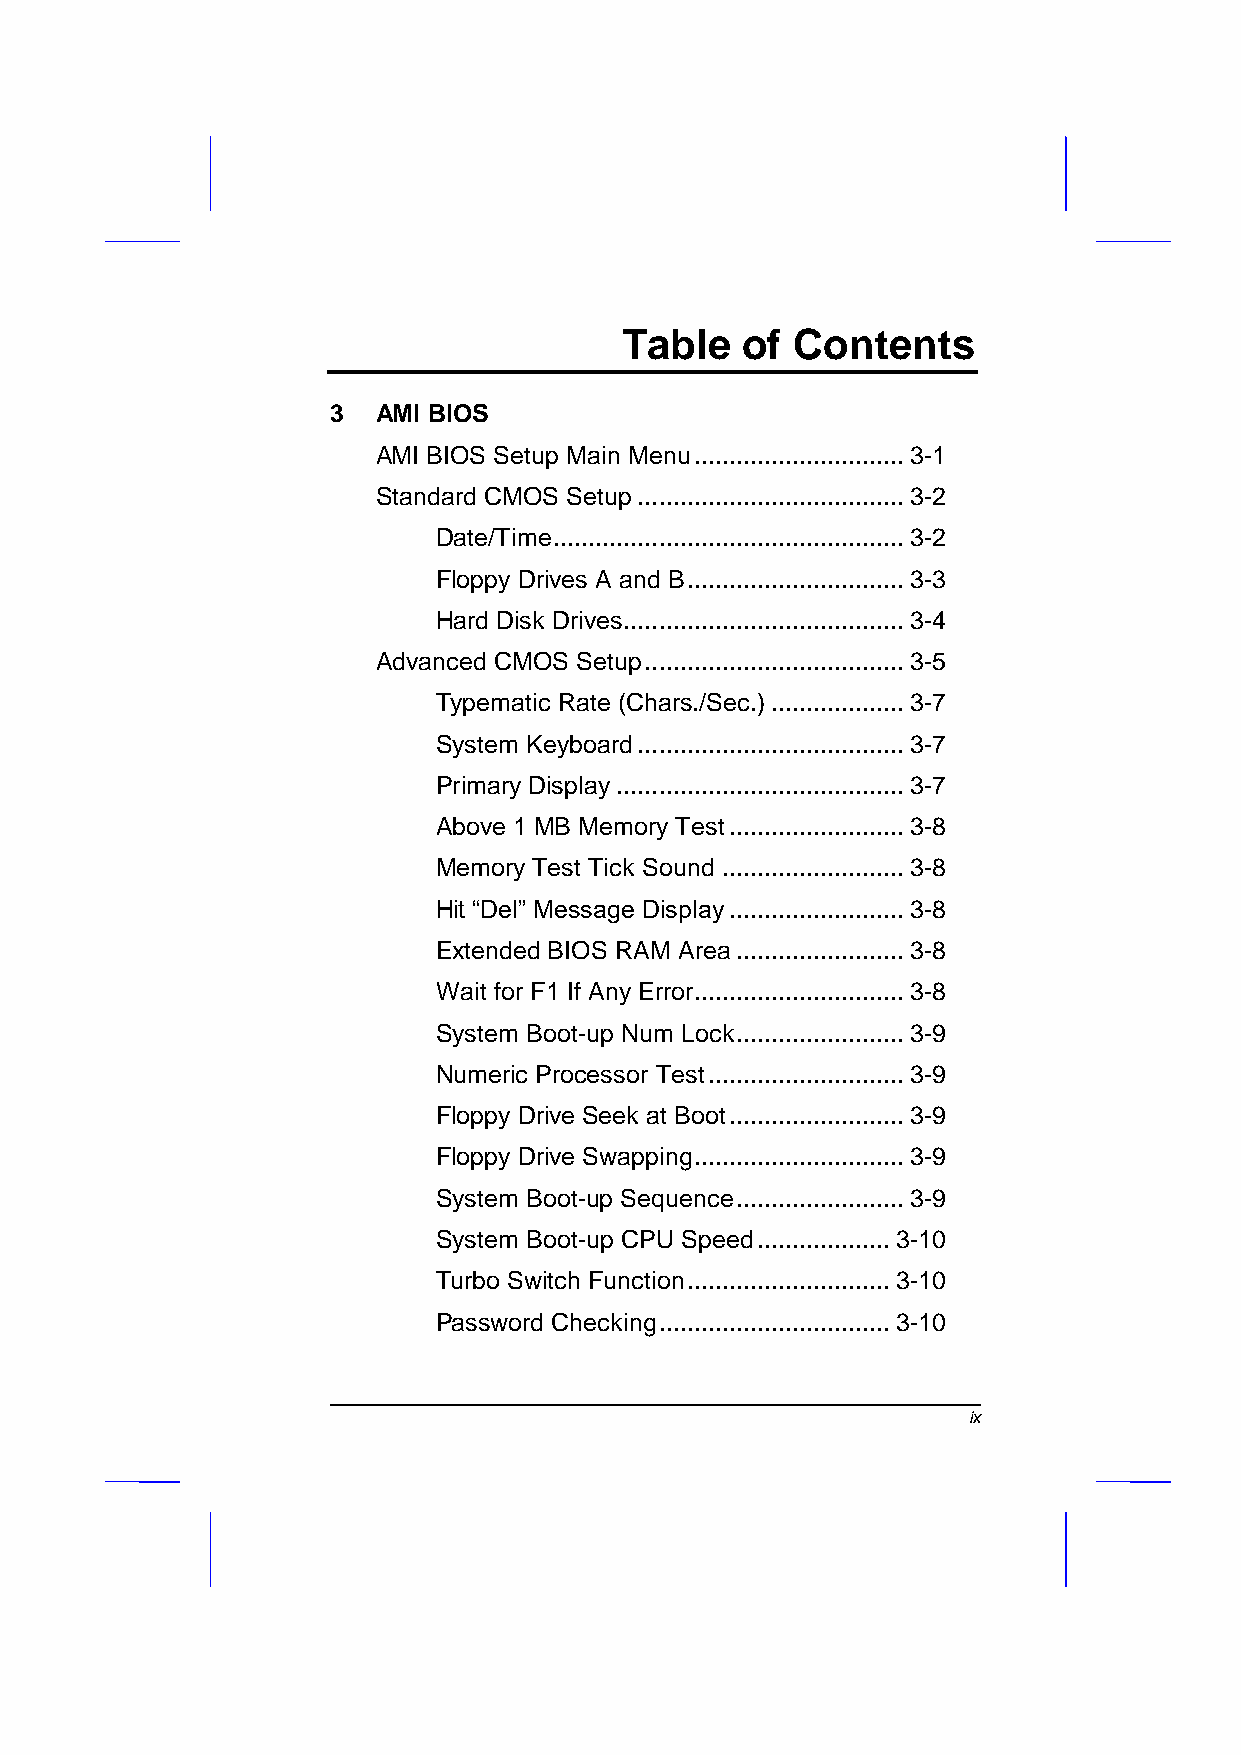
Table   of  Contents
 3  AMI BIOS
 AMI BIOS Setup Main Menu .............................. 3-1
 Standard CMOS Setup ...................................... 3-2
 Date/Time .................................................. 3-2
 Floppy Drives A and B ............................... 3-3
 Hard Disk Drives ........................................ 3-4
 Advanced CMOS Setup ..................................... 3-5
 Typematic Rate (Chars./Sec.) ................... 3-7
 System Keyboard ...................................... 3-7
 Primary Display ......................................... 3-7
 Above 1 MB Memory Test ......................... 3-8
 Memory Test Tick Sound .......................... 3-8
 Hit “Del” Message Display ......................... 3-8
 Extended BIOS RAM Area ........................ 3-8
 Wait for F1 If Any Error.............................. 3-8
 System Boot-up Num Lock ........................ 3-9
 Numeric Processor Test ............................ 3-9
 Floppy Drive Seek at Boot ......................... 3-9
 Floppy Drive Swapping .............................. 3-9
 System Boot-up Sequence ........................ 3-9
 System Boot-up CPU Speed ................... 3-10
 Turbo Switch Function ............................. 3-10
 Password Checking ................................. 3-10
 ix